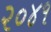
૨૦૪૧